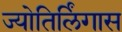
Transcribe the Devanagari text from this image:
ज्योतिर्लिंगास